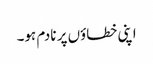
اپنی خطاؤں پر نادم ہو۔